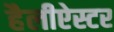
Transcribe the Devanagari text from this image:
हैलीऐस्टर